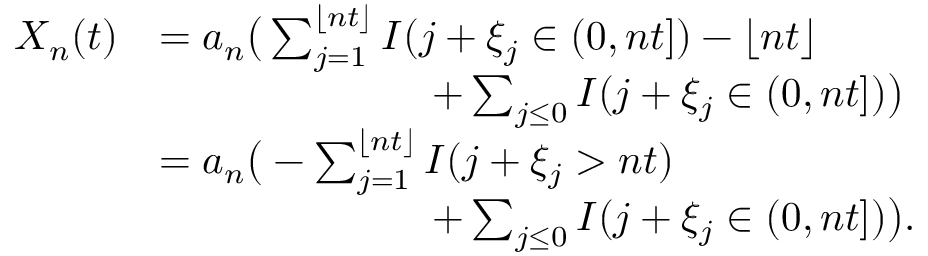
\begin{array} { r l } { X _ { n } ( t ) } & { = a _ { n } \big ( \sum _ { j = 1 } ^ { \lfloor n t \rfloor } I ( j + \xi _ { j } \in ( 0 , n t ] ) - \lfloor n t \rfloor } \\ & { ~ ~ ~ ~ ~ ~ ~ ~ ~ ~ ~ ~ ~ ~ ~ ~ ~ ~ ~ ~ + \sum _ { j \leq 0 } I ( j + \xi _ { j } \in ( 0 , n t ] ) \big ) } \\ & { = a _ { n } \big ( - \sum _ { j = 1 } ^ { \lfloor n t \rfloor } I ( j + \xi _ { j } > n t ) } \\ & { ~ ~ ~ ~ ~ ~ ~ ~ ~ ~ ~ ~ ~ ~ ~ ~ ~ ~ ~ ~ + \sum _ { j \leq 0 } I ( j + \xi _ { j } \in ( 0 , n t ] ) \big ) . } \end{array}